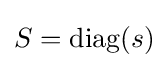
S={\text{diag}}(s)